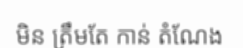
មិន ត្រឹមតែ កាន់ តំណែង